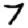
Digit: 7